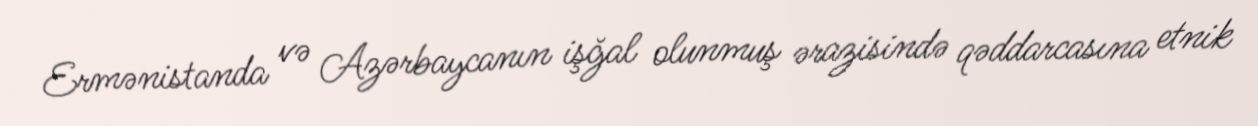
Ermənistanda və Azərbaycanın işğal olunmuş ərazisində qəddarcasına etnik